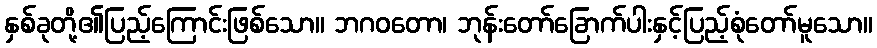
နှစ်ခုတို့၏ပြည့်ကြောင်းဖြစ်သော။ ဘဂဝတော၊ ဘုန်းတော်ခြောက်ပါးနှင့်ပြည့်စုံတော်မူသော။